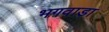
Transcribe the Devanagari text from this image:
भगवाड़ा